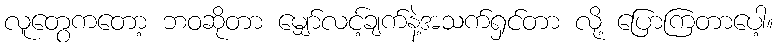
လူတွေကတော့ ဘဝဆိုတာ မျှော်လင့်ချက်နဲ့အသက်ရှင်တာ လို့ ပြောကြတာပေါ့။